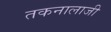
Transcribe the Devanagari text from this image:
तकनालाजी